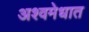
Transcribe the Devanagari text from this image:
अश्वमेधात